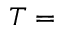
T =